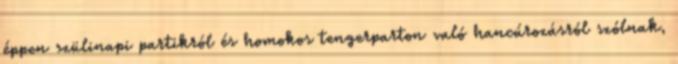
éppen szülinapi partikról és homokos tengerparton való hancúrozásról szólnak,